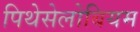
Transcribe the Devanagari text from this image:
पिथेसेलोबियम